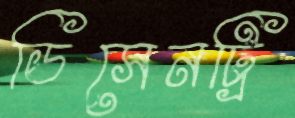
ডিসেনট্রি